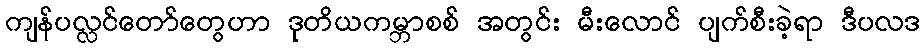
ကျန်ပလ္လင်တော်တွေဟာ ဒုတိယကမ္ဘာစစ် အတွင်း မီးလောင် ပျက်စီးခဲ့ရာ ဒီပလဒ